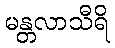
မန္တလာသီရိ